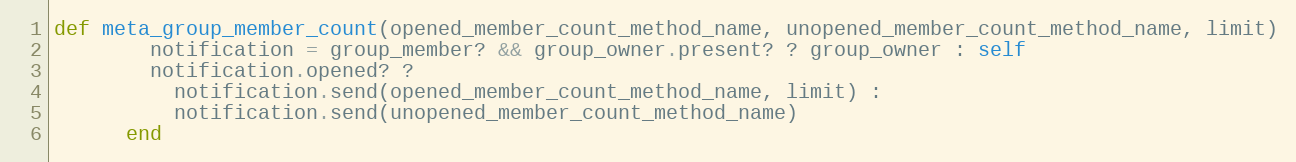
Language: Ruby
def meta_group_member_count(opened_member_count_method_name, unopened_member_count_method_name, limit)
        notification = group_member? && group_owner.present? ? group_owner : self
        notification.opened? ?
          notification.send(opened_member_count_method_name, limit) :
          notification.send(unopened_member_count_method_name)
      end